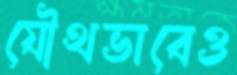
যৌথভাবেও